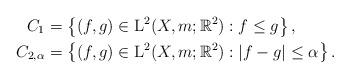
LaTeX: \begin{align*}C_1 &{}= \left\{ (f,g) \in \mathrm{L}^2(X,m;\mathbb{R}^2) : f \leq g\right\}, \\C_{2,\alpha} &{}= \left\{ (f,g) \in \mathrm{L}^2(X,m;\mathbb{R}^2) : |f-g| \leq \alpha\right\}.\end{align*}